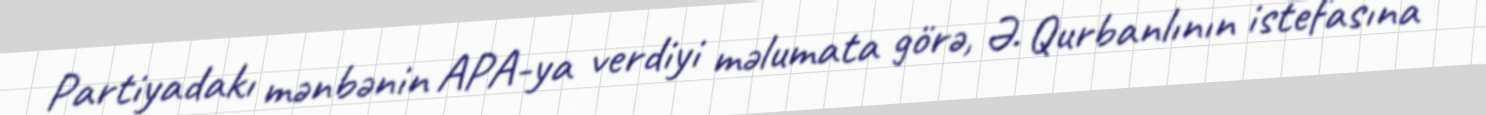
Partiyadakı mənbənin APA-ya verdiyi məlumata görə, Ə. Qurbanlının istefasına